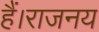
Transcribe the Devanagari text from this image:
हैं।राजनय